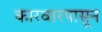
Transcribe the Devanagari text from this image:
कारवारपासून